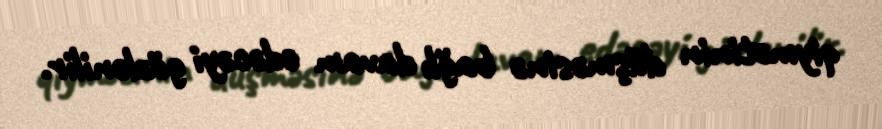
qiymətinin düşməsinə bağlı davam edəcəyi gözlənilir.